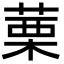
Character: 䔁